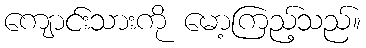
ကျောင်းသားကို မော့ကြည့်သည်။